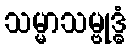
သမ္မာသမ္ဗုဒ္ဓံ